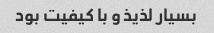
بسیار لذیذ و با کیفیت بود